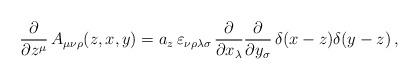
LaTeX: \begin{align*}\frac{\partial}{\partial z^\mu}\,A_{\mu\nu\rho}(z,x,y)=a_z\,\varepsilon_{\nu\rho\lambda\sigma}\,\frac{\partial}{\partial x_\lambda}\frac{\partial}{\partial y_\sigma}\,\delta(x-z)\delta(y-z) \, ,\end{align*}